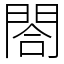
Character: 閤